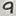
Text: 9